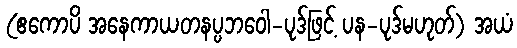
(ဧကောပိ အနေကာယတနပ္ပဘဝေါ-ပုဒ်ဖြင့် ပန-ပုဒ်မဟုတ်) အယံ